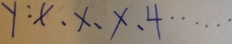
y : x 、 x 、 x 、 4 \cdots